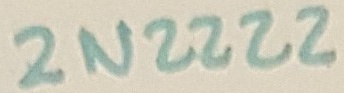
Text: 2N2222